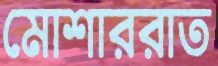
মোশাররাত